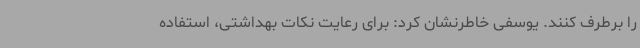
را برطرف کنند. یوسفی خاطرنشان کرد: برای رعایت نکات بهداشتی، استفاده